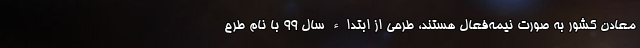
معادن کشور به صورت نیمه‌فعال هستند، طرحی از ابتداء سال ۹۹ با نام طرح